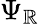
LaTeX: \Psi_{\mathbb{R}}